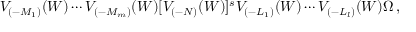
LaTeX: V _ { ( - M _ { 1 } ) } ( W ) \cdots V _ { ( - M _ { m } ) } ( W ) [ V _ { ( - N ) } ( W ) ] ^ { s } V _ { ( - L _ { 1 } ) } ( W ) \cdots V _ { ( - L _ { l } ) } ( W ) \Omega \, ,